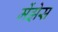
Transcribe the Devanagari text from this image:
मेंझेस